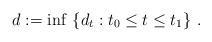
LaTeX: \begin{align*}d:=\inf\,\left\{d_t:t_0\leq t\leq t_1\right\}\,.\end{align*}